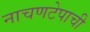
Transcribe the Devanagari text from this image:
नाचणटेपाची